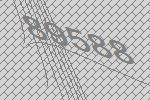
89588